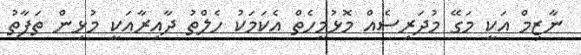
ނާޒިމް އަކީ މަގޭ މުދަރިސެއް މޮޅުމީހެތް އެކަމަކު ހެލްތު ދާއިރާއަކީ މުޅިން ތަފާތު